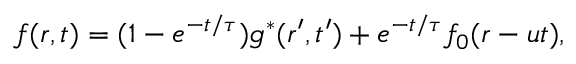
f ( \boldsymbol { r } , t ) = ( 1 - e ^ { - t / \tau } ) g ^ { \ast } ( \boldsymbol { r } ^ { \prime } , t ^ { \prime } ) + e ^ { - t / \tau } f _ { 0 } ( \boldsymbol { r } - \boldsymbol { u } t ) ,